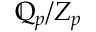
\mathbb { Q } _ { p } / Z _ { p }